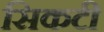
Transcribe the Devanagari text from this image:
सिकटी